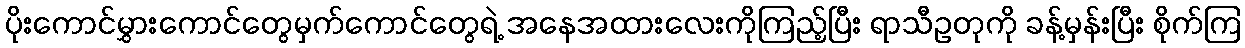
ပိုးကောင်မွှားကောင်တွေမှက်ကောင်တွေရဲ့ အနေအထားလေးကိုကြည့်ပြီး ရာသီဥတုကို ခန့်မှန်းပြီး စိုက်ကြ